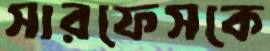
সারফেসকে